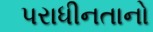
પરાધીનતાનો